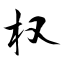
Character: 权